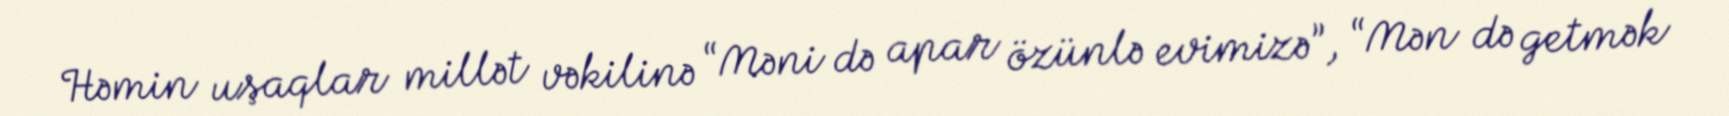
Həmin uşaqlar millət vəkilinə “Məni də apar özünlə evimizə”, “Mən də getmək